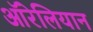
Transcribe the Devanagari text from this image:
ऑरेलियान